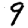
Digit: 9